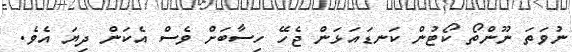
ނުވަތަ ނޫންތޯ ކޯޓުން ކަނޑައަޅަން ޖެހޭ ހިސާބަށް ވެސް އެކަން ދިޔަ އެވެ.